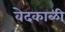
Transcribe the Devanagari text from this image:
वेदकाळी